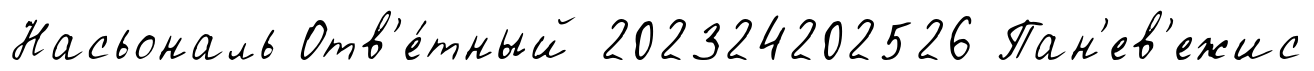
Насьональ Отв'е́тный 202324202526 Пан'ев'ежис